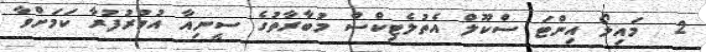
2  މައިލޯ އިންޓަ ސްކޫލް އެތުލެޓިކްސް މުބާރާތުގެ ސީނިއާ އުމުރުފުރާ ކަމަށްވާ